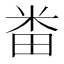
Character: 畨